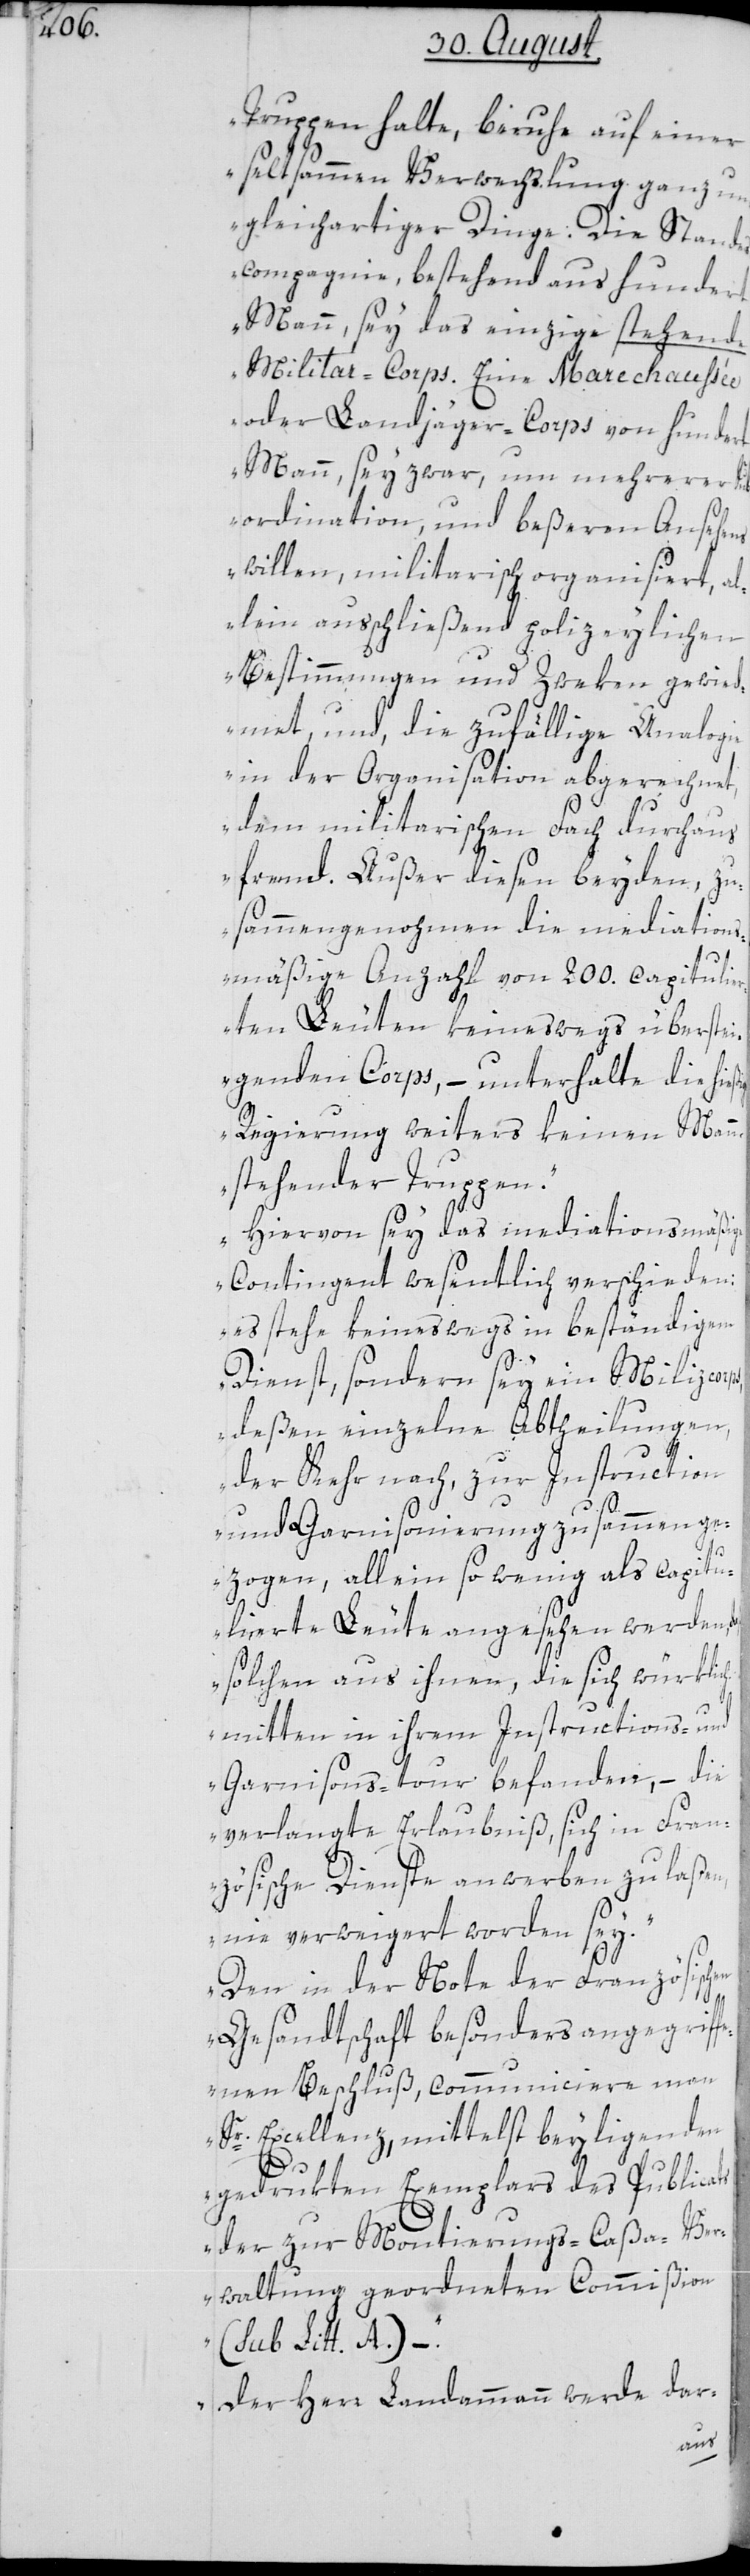
Truppen halte, beruhe auf einer
seltsammen Verwechslung ganz un¬
gleichartiger Dinge: Die Stande¬
scompagnie, bestehend aus hundert
Mann, sey das einzige stehende
Militar-Corps. Eine Marechaussée
oder Landjäger-Corps von hundert
Mann, sey zwar, um mehrerer Su¬
bordination, und beßeren Ansehens
willen, militarisch organisiert, a¬
llein ausschließend polizeylichen
Bestimmungen und Zweken gewied¬
met, und, die zufällige Analogie
in der Organisation abgerechnet,
dem militarischen Fach durchaus
fremd. Außer diesen beyden, zu¬
sammengenohmen die mediations¬
mäßige Anzahl von 200. capitulie¬
rten Leuten keineswegs überstei¬
genden Corps, – unterhalte die hie¬
Regierung weiters keinen Mann
stehender Truppen.
Hiervon sey das mediationsmäßige
Contingent wesentlich verschieden:
es stehe keineswegs in beständigem
Dienst, sondern sey ein Milizcorp¬
deßen einzelne Abtheilungen,
der Kehr nach, zur Instruction
ßige
und Garnisonierung zusammenge¬
zogen, allein so wenig als capitu¬
lierte Leute angesehen werden,
solchen aus ihnen, die sich würklich
mitten in ihrem Instructions- und
Garnisons-tour befanden, – die
verlangte Erlaubniß, sich in Fran¬
zösische Dienste anwerben zu laßen,
nie verweigert worden sey.
Den in der Note der Französisch¬
en
Gesandtschaft besonders angegriff¬
enen Beschluß, communiciere man
Sr. Excellenz, mittelst beyligenden
gedrukten Exemplars des Publicats
der zur Montierungs-Caßa-Ver¬
waltung geordneten Commißion
(sub Litt. A.) –.
Der Herr Landammann werde dar-